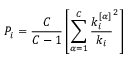
P _ { i } = \frac { C } { C - 1 } \left[ \sum _ { \alpha = 1 } ^ { C } { \frac { k _ { i } ^ { [ \alpha ] } } { k _ { i } } ^ { 2 } } \right]